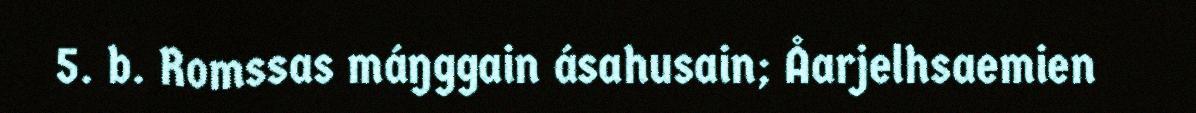
5. b. Romssas máŋggain ásahusain; Åarjelhsaemien